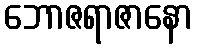
ဘောဇရာဇာနော